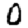
Digit: 0